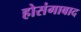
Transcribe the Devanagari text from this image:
होसंगाबाद